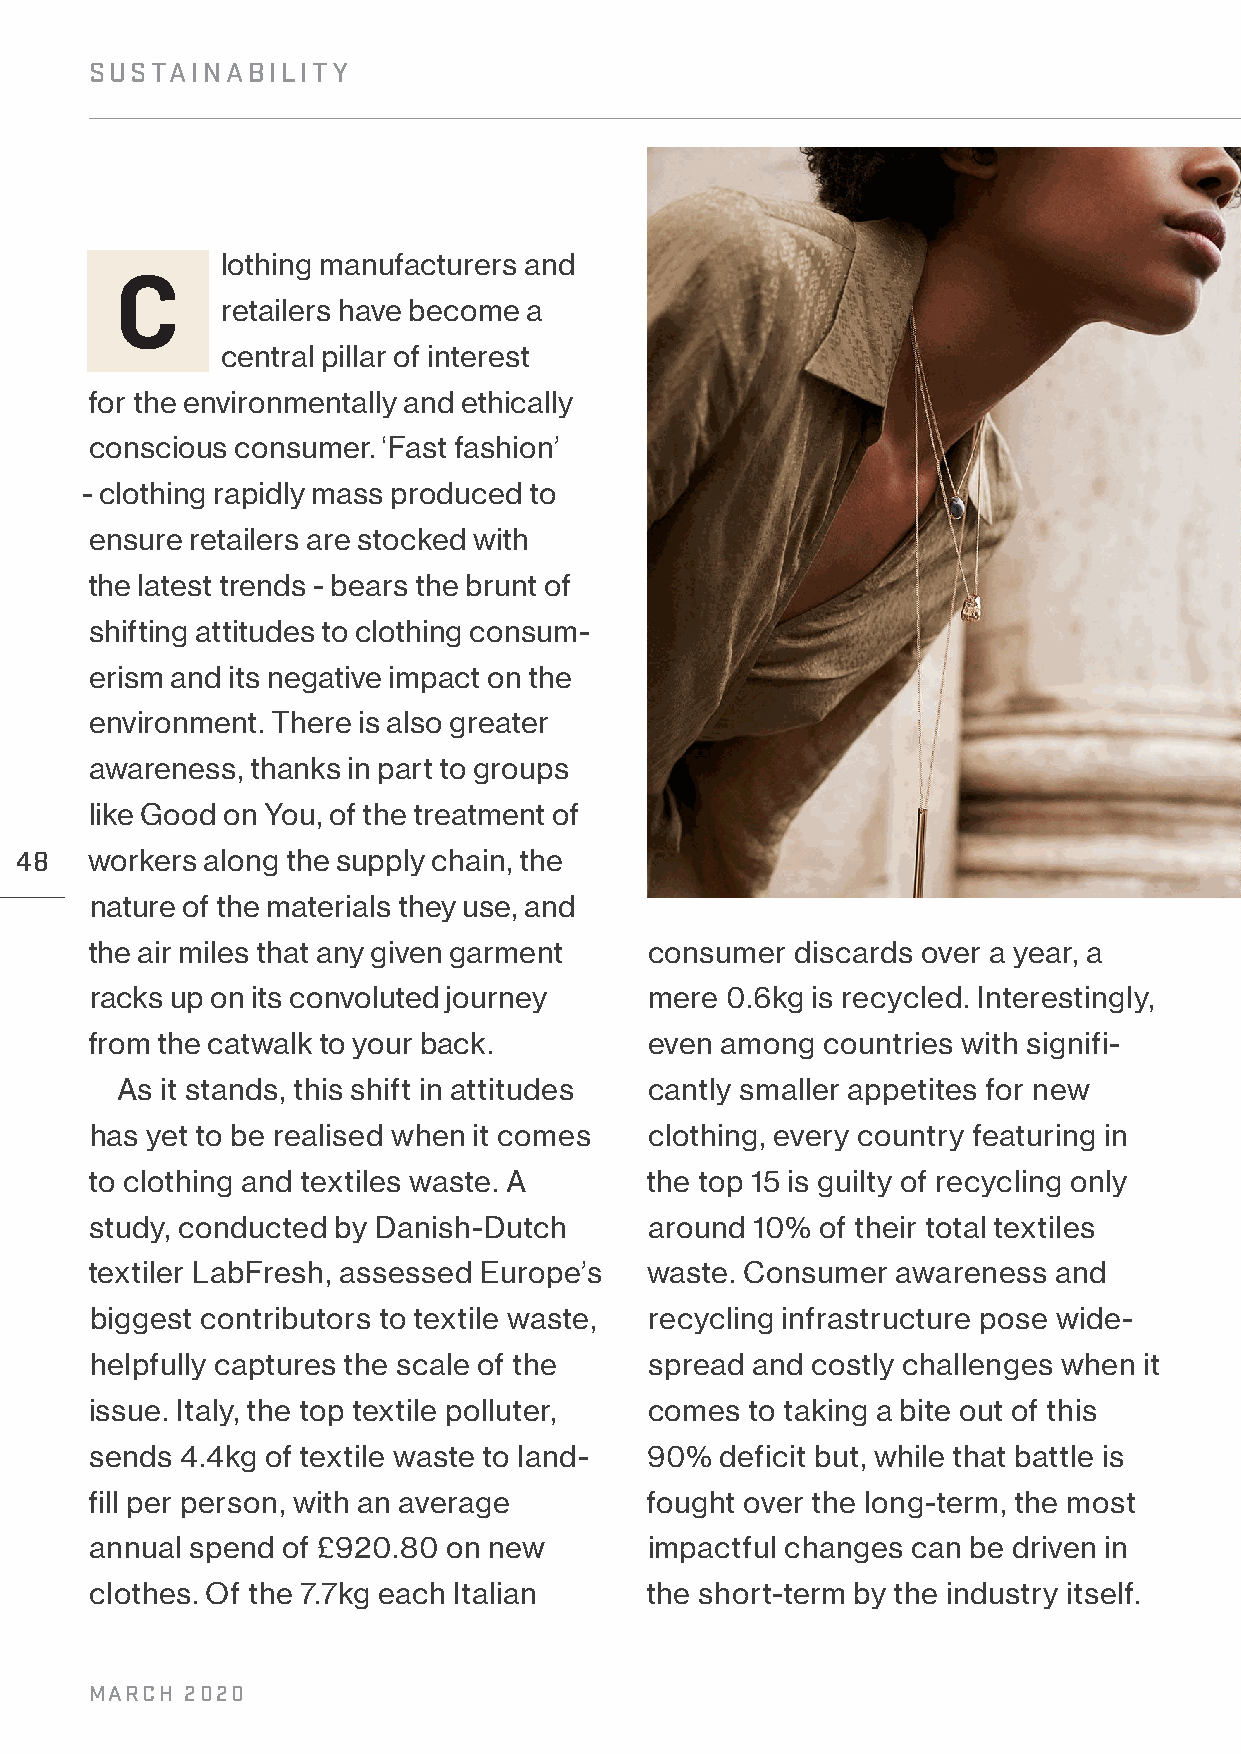
SUSTAINABILITY
 lothing manufacturers and
 C
 retailers have become a
 central pillar of interest
 for the environmentally and ethically
 conscious consumer. ‘Fast fashion’
 - clothing rapidly mass produced to
 ensure retailers are stocked with
 the latest trends - bears the brunt of
 shifting attitudes to clothing consum-
 erism and its negative impact on the
 environment. There is also greater
 awareness, thanks in part to groups
 like Good on You, of the treatment of
 48   workers along the supply chain, the
 nature of the materials they use, and
 the air miles that any given garment consumer  discards over a year, a
 racks up on its convoluted journey   mere 0.6kg is recycled. Interestingly,
 from the catwalk to your back.       even among countries with signifi-
 As it stands, this shift in attitudes cantly smaller appetites for new
 has yet to be realised when it comes clothing, every country featuring in
 to clothing and textiles waste. A    the top 15 is guilty of recycling only
 study, conducted by Danish-Dutch     around 10% of their total textiles
 textiler LabFresh, assessed Europe’s waste. Consumer awareness  and
 biggest contributors to textile waste, recycling infrastructure pose wide-
 helpfully captures the scale of the  spread and costly challenges when it
 issue. Italy, the top textile polluter, comes to taking a bite out of this
 sends 4.4kg of textile waste to land- 90% deficit but, while that battle is
 fill per person, with an average     fought over the long-term, the most
 annual spend of £920.80 on new       impactful changes can be driven in
 clothes. Of the 7.7kg each Italian   the short-term by the industry itself.
 MARCH 2020